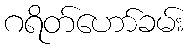
ဂရိတ်ဟော်ခမ်း